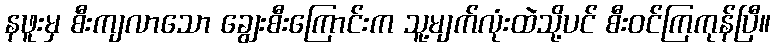
နဖူးမှ စီးကျလာသော ချွေးစီးကြောင်းက သူ့မျက်လုံးထဲသို့ပင် စီးဝင်ကြကုန်ပြီ။